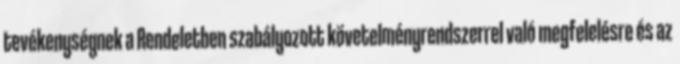
tevékenységnek a Rendeletben szabályozott követelményrendszerrel való megfelelésre és az